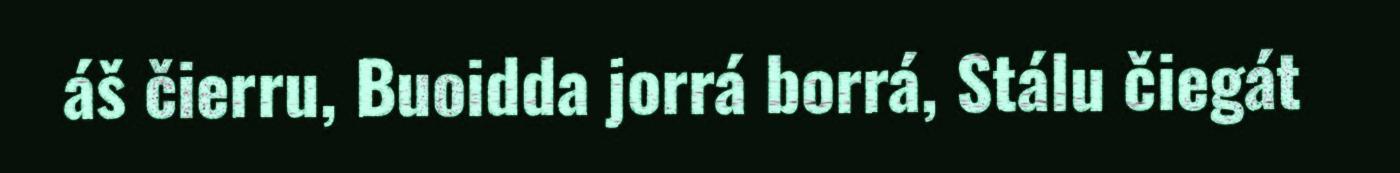
áš čierru, Buoidda jorrá borrá, Stálu čiegát